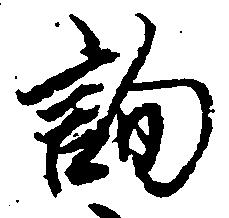
詢